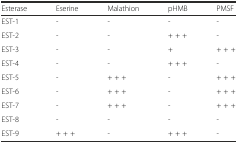
<table><thead><tr><td><b>Esterase</b></td><td><b>Eserine</b></td><td><b>Malathion</b></td><td><b>pHMB</b></td><td><b>PMSF</b></td></tr></thead><tbody><tr><td>EST-1</td><td>-</td><td>-</td><td>-</td><td>-</td></tr><tr><td>EST-2</td><td>-</td><td>-</td><td>+ + +</td><td>-</td></tr><tr><td>EST-3</td><td>-</td><td>-</td><td>+</td><td>+ + +</td></tr><tr><td>EST-4</td><td>-</td><td>-</td><td>+ + +</td><td>-</td></tr><tr><td>EST-5</td><td>-</td><td>+ + +</td><td>-</td><td>+ + +</td></tr><tr><td>EST-6</td><td>-</td><td>+ + +</td><td>-</td><td>+ + +</td></tr><tr><td>EST-7</td><td>-</td><td>+ + +</td><td>-</td><td>+ + +</td></tr><tr><td>EST-8</td><td>-</td><td>-</td><td>-</td><td>-</td></tr><tr><td>EST-9</td><td>+ + +</td><td>-</td><td>+ + +</td><td>-</td></tr></tbody></table>